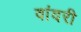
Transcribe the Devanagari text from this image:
वांदरी